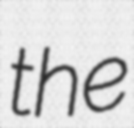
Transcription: the